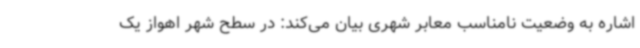
اشاره به وضعیت نامناسب معابر شهری بیان می‌کند: در سطح شهر اهواز یک